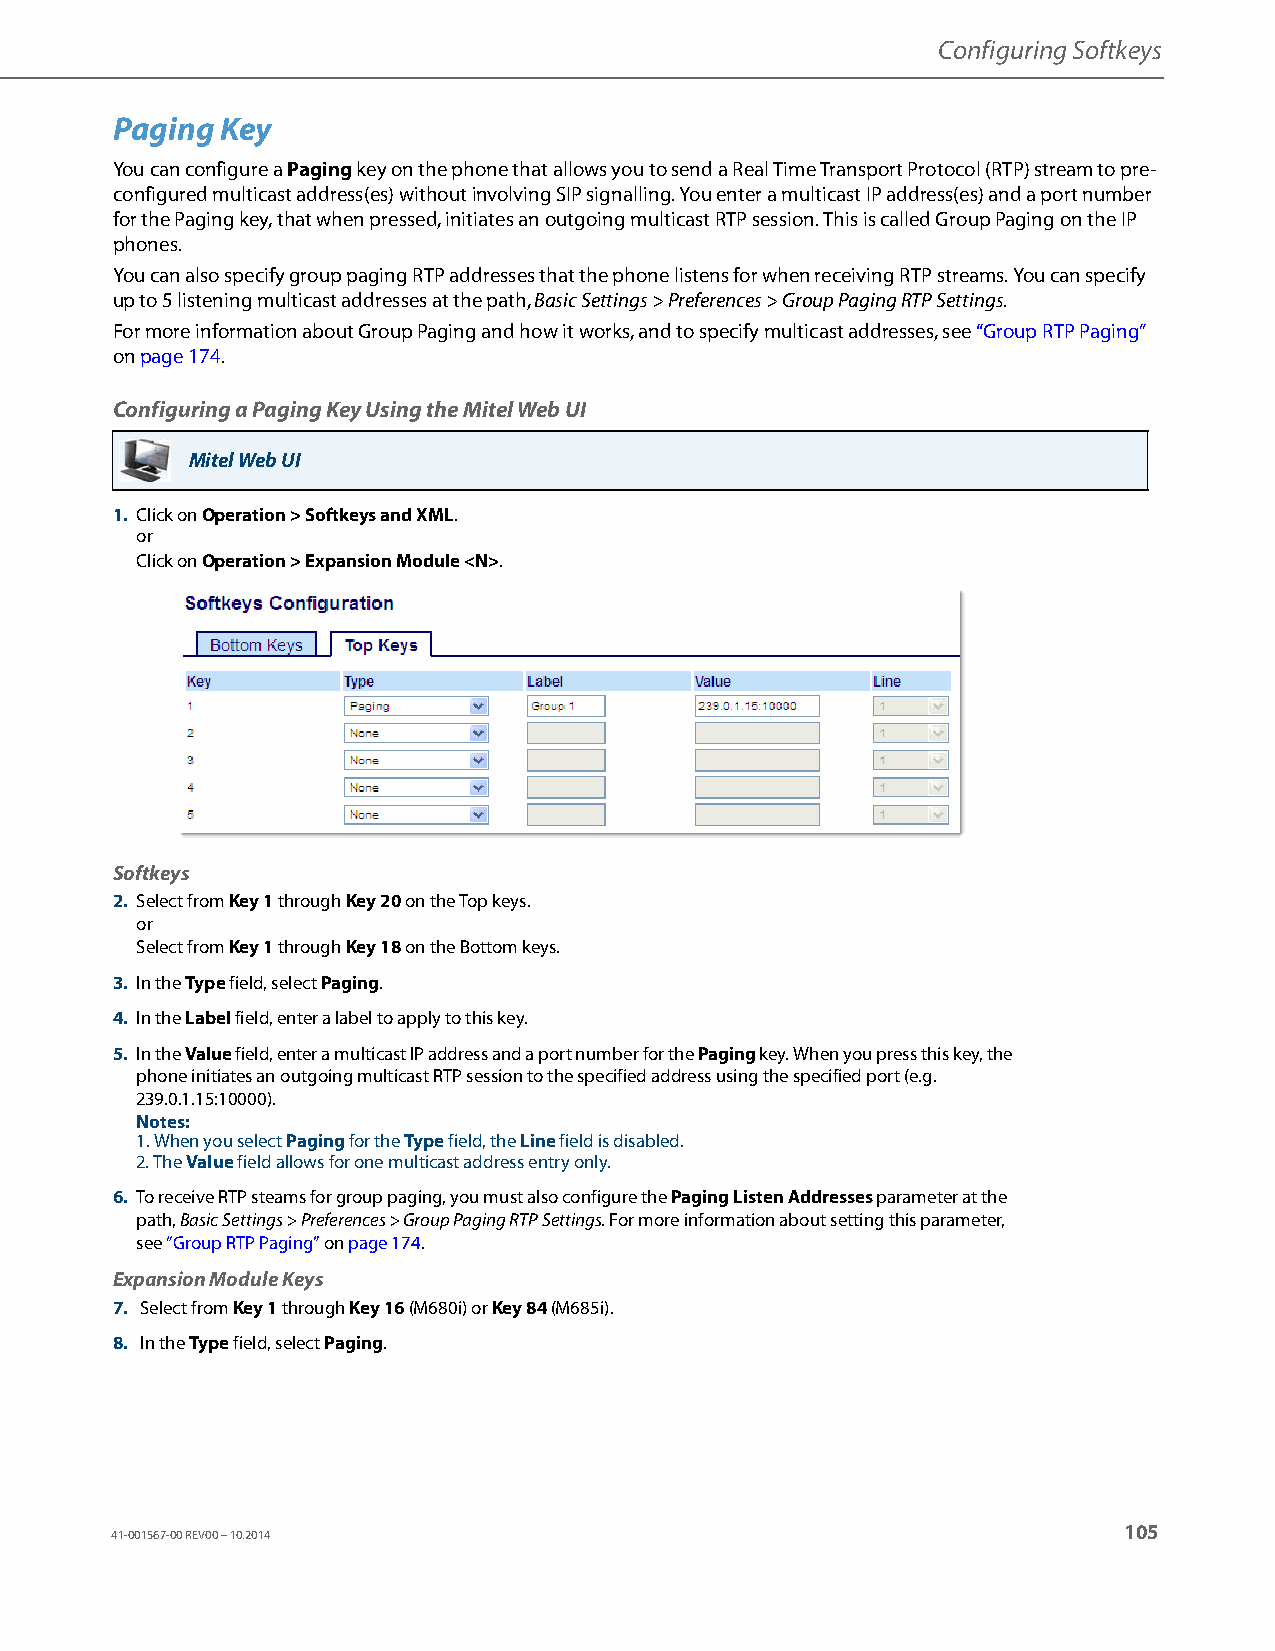
Configuring Softkeys
 Paging  Key
 You can configure a Paging key on the phone that allows you to send a Real Time Transport Protocol (RTP) stream to pre-
 configured multicast address(es) without involving SIP signalling. You enter a multicast IP address(es) and a port number
 for the Paging key, that when pressed, initiates an outgoing multicast RTP session. This is called Group Paging on the IP
 phones.
 You can also specify group paging RTP addresses that the phone listens for when receiving RTP streams. You can specify
 up to 5 listening multicast addresses at the path, Basic Settings > Preferences > Group Paging RTP Settings.
 For more information about Group Paging and how it works, and to specify multicast addresses, see “Group RTP Paging”
 on page174.
 Configuring a Paging Key Using the Mitel Web UI
 Mitel Web UI
 1. Click on Operation > Softkeys and XML.
 or
 Click on Operation > Expansion Module <N>.
 Softkeys
 2. Select from Key 1 through Key 20 on the Top keys.
 or
 Select from Key 1 through Key 18 on the Bottom keys.
 3. In the Type field, select Paging.
 4. In the Label field, enter a label to apply to this key.
 5. In the Value field, enter a multicast IP address and a port number for the Paging key. When you press this key, the
 phone initiates an outgoing multicast RTP session to the specified address using the specified port (e.g.
 239.0.1.15:10000).
 Notes:
 1. When you select Paging for the Type field, the Line field is disabled.
 2. The Value field allows for one multicast address entry only.
 6. To receive RTP steams for group paging, you must also configure the Paging Listen Addresses parameter at the
 path, Basic Settings > Preferences > Group Paging RTP Settings. For more information about setting this parameter,
 see “Group RTP Paging” on page174.
 Expansion Module Keys
 7. Select from Key 1 through Key 16 (M680i) or Key 84 (M685i).
 8. In the Type field, select Paging.
 105
 41-001567-00 REV00 – 10.2014